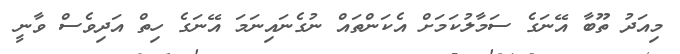
މިއަދު ތޫބާ އޭނަގެ ސަމާލުކަމަށް އެކަންތައް ނުގެނައިނަމަ އޭނަގެ ހިތް އަދިވެސް ވާނީ